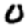
Digit: 0